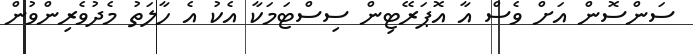
ސަންސޮން އަށް ވެސް އާ އޮޕަރޭޓިން ސިސްޓަމަކާ އެކު އެ ހާލަތު މެދުވެރިންވުން